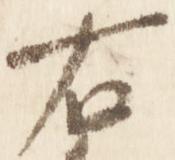
右